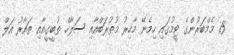
15 މެމްބަރުންގެ ޓީމުގައި ހިމެނޭ މާހިރު މުތުރަބްއާއި ސަލާހް ތުބީގީއާއި ތައާރު އަލް